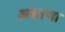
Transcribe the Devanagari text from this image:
असाणा